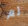
لم